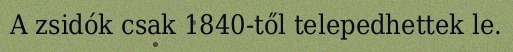
A zsidók csak 1840-től telepedhettek le.